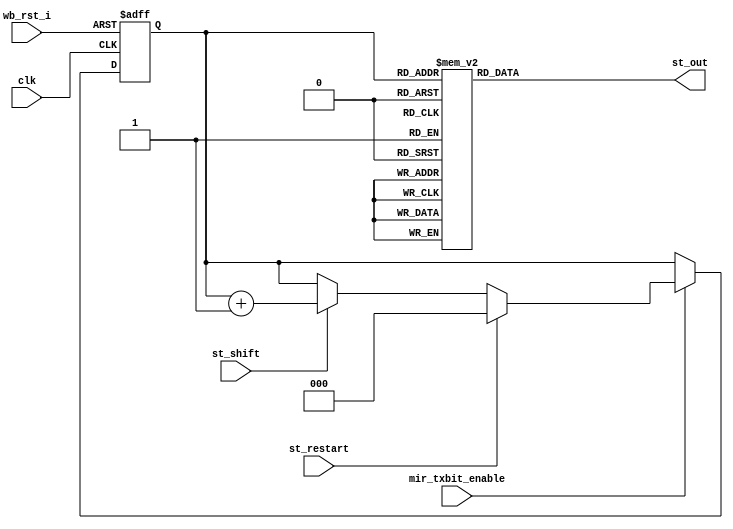
module irda_mir_st_gen (clk, wb_rst_i, st_restart, st_shift, mir_txbit_enable, st_out);
input			clk;
input			wb_rst_i;
input			st_restart;	// restart the generator
input			st_shift;	// move to next bit
input			mir_txbit_enable;
output		st_out;

reg		[2:0]	st_state;
reg				st_out;

// STA (start) and STO (stop) sequence signal generator
// The sequence is 8'b01111110

always @(posedge clk or posedge wb_rst_i)
begin
	if (wb_rst_i)
		st_state <= #1 0;
	else
	if (mir_txbit_enable)
		if (st_restart)
			st_state <= #1 0;
		else
		if (st_shift)
			st_state <= #1 st_state + 1;
end

always @(st_state)
	case (st_state)
		3'd0, 3'd7							: st_out <= #1 0;
		3'd1,3'd2,3'd3,3'd4,3'd5,3'd6	: st_out <= #1 1;
	endcase

endmodule